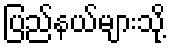
ပြည်နယ်များသို့